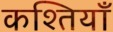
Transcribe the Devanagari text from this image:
कश्तियाँ